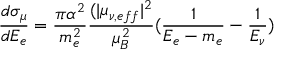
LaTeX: \frac { d \sigma _ { \mu } } { d E _ { e } } = \frac { \pi \alpha ^ { 2 } } { m _ { e } ^ { 2 } } \frac { ( | \mu _ { \nu , e f f } | ^ { 2 } } { \mu _ { B } ^ { 2 } } ( \frac { 1 } { E _ { e } - m _ { e } } - \frac { 1 } { E _ { \nu } } )